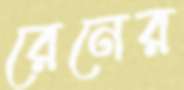
রেনের